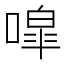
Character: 噑